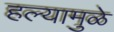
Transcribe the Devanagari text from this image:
हल्यामुळे